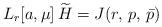
LaTeX: \begin{align*}L_r[a,\mu] \, \widetilde{H} = J(r,\,p,\,\bar{p})\end{align*}